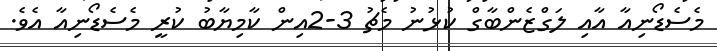
މެސެޑޯނިއާ އާއި ލަގްޒެންބާގް ކުޅުނު މެޗު 3-2އިން ކާމިޔާބު ކުރީ މެސެޑޯނިއާ އެވެ.